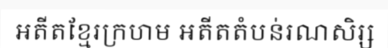
អតីតខ្មែរក្រហម អតីតតំបន់រណសិរ្ស